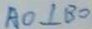
A O \bot B O